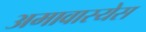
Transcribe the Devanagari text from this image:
अमावास्येस